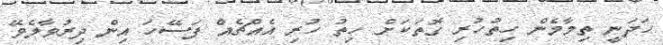
ހަދަނީ ތިމާމެން ހިތުހުރި ގޮތަކަށް ހިތު ހުރި އެއްޗެއް ފަސޭހަ އިން ދިރުވާލެވޭ